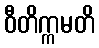
ဝီတိက္ကမတိ